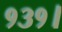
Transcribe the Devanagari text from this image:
१३१।